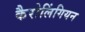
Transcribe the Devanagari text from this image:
कैरोलिंगियन